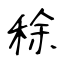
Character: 稌